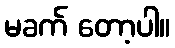
မခက် တော့ပါ။